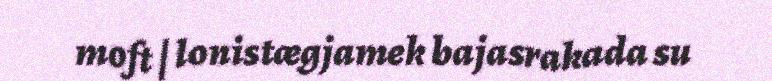
moft | lonistægjamek bajasrakada su